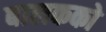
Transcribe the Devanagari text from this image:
बालकको